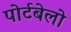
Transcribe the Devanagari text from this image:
पोर्टबेलो